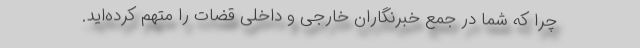
چرا که شما در جمع خبرنگاران خارجی و داخلی قضات را متهم کرده‌اید.